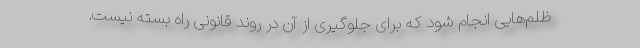
ظلم‌هایی انجام شود که برای جلوگیری از آن در روند قانونی راه بسته نیست.